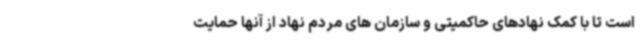
است تا با کمک نهادهای حاکمیتی و سازمان های مردم نهاد از آنها حمایت